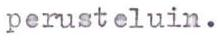
perusteluin.